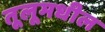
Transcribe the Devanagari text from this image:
तूलूमधील